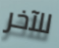
للآخر